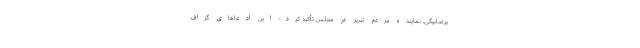
یرضا‌بیگی، نماینده مردم تبریز در مجلس تأکید کرد: این ادعاهای گزاف